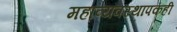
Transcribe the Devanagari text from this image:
महाव्यवस्थापकही